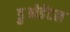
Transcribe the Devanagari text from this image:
डुओडेंटल